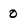
Character: 0